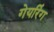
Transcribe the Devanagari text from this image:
गेयरिंग